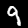
Label: 9